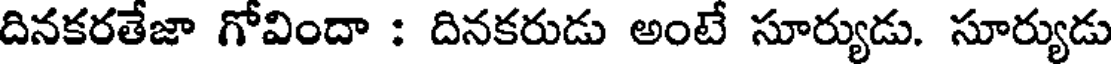
దినకరతేజా గోవిందా : దినకరుడు అంటే సూర్యుడు. సూర్యుడు